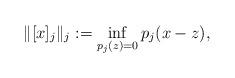
LaTeX: \begin{align*}\| [x]_j \|_j := \inf_{p_j(z)=0} p_j(x-z),\end{align*}